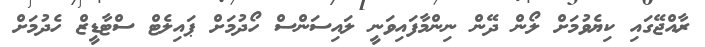
ރާއްޖޭގައި ކިޔެވުމަށް ލޯން ދޭން ނިންމާފައިވަނީ ލައިސަންސް ހޯދުމަށް ޕައިލެޓް ސްޓާޑީޒް ހެދުމަށް